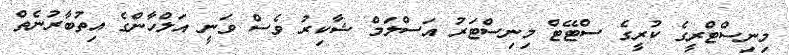
މިނިސްޓްރީގެ ކުރީގެ ސްޓޭޓް މިނިސްޓަރު އަސްލަމް ޝާކިރު ވެސް ވަނީ އަލްހާންގެ އިތުބާރުނެތް